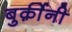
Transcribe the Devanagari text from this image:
बुर्क़ीनी